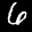
Label: 6